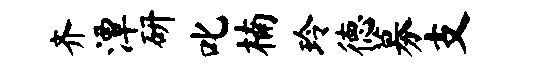
齐潭研叱楠玲德募支